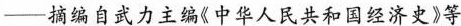
——摘编自武力主编《中华人民共和国经济史》等